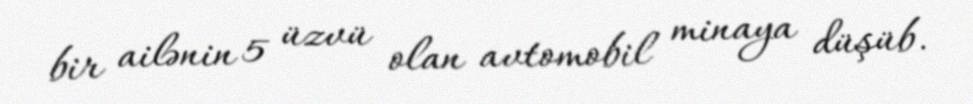
bir ailənin 5 üzvü olan avtomobil minaya düşüb.